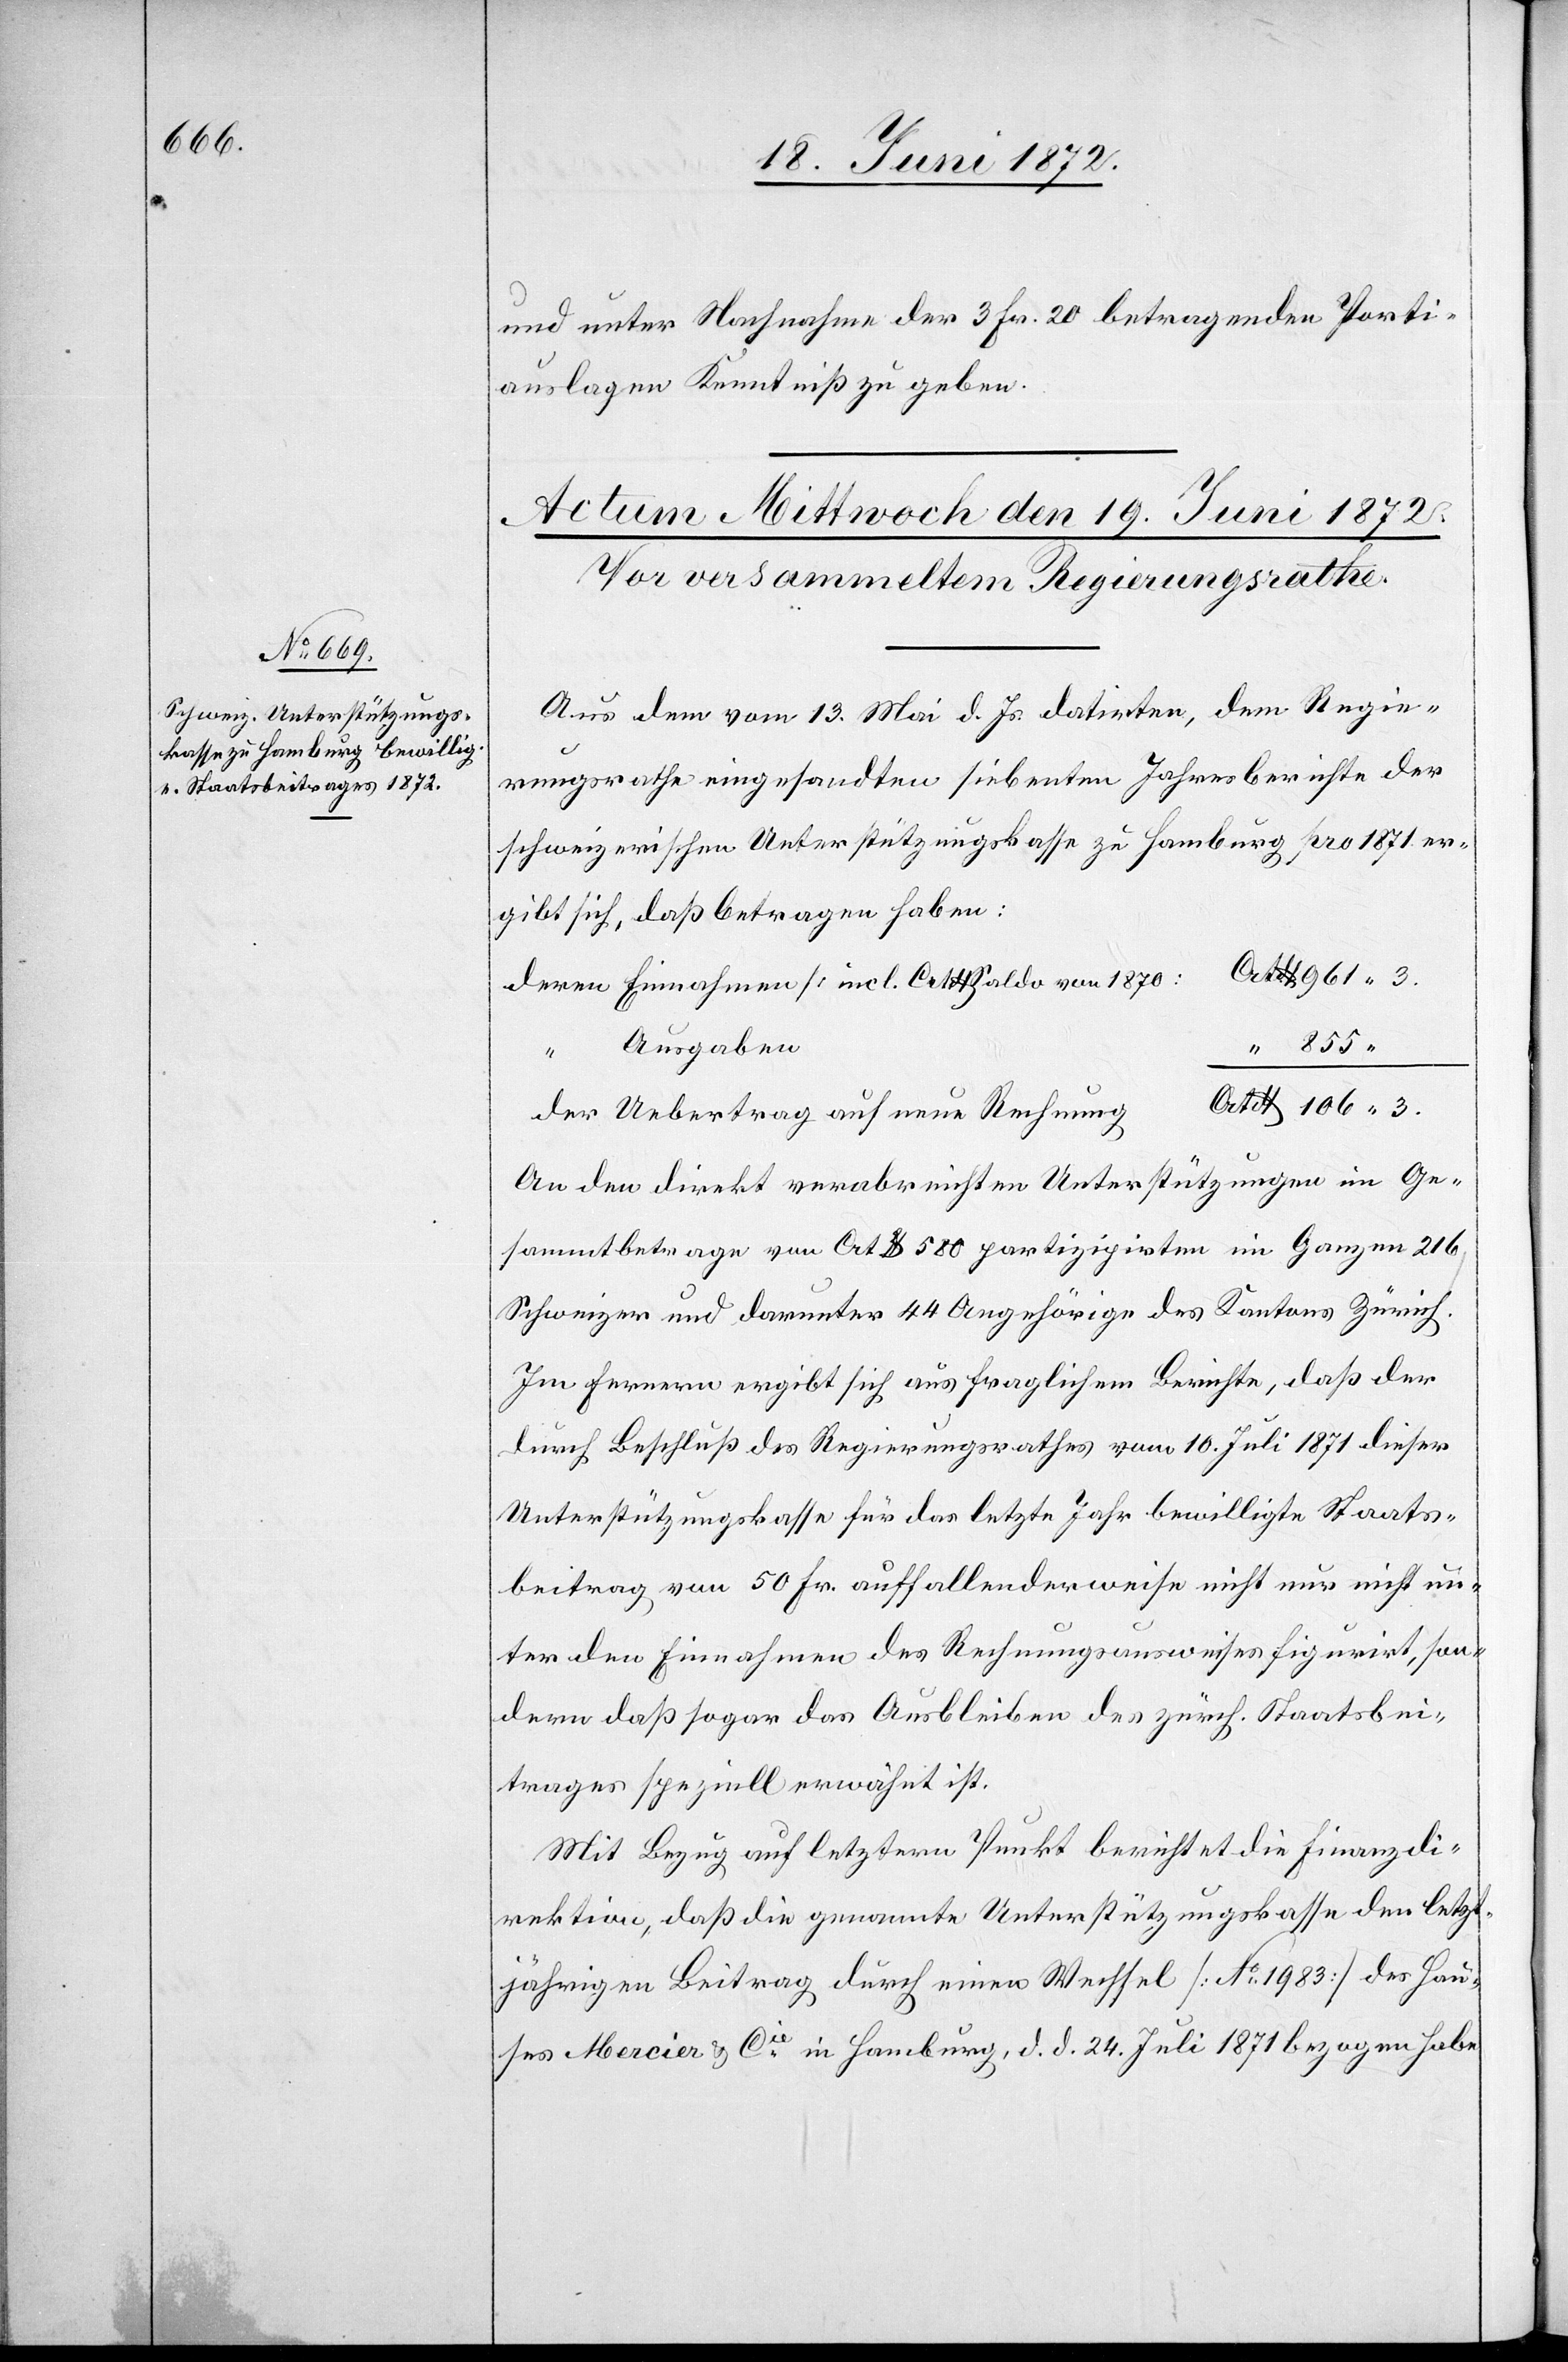
und unter Nachnahme der 3 Fr. 20 betragenden Porti¬
auslagen Kenntniß zu geben.